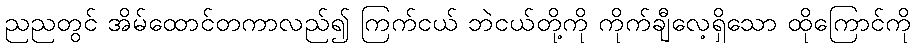
ညညတွင် အိမ်ထောင်တကာလည်၍ ကြက်ငယ် ဘဲငယ်တို့ကို ကိုက်ချီလေ့ရှိသော ထိုကြောင်ကို